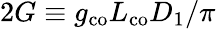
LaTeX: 2G\equiv g_{\mathrm{co}}L_{\mathrm{co}}D_{1}/\pi